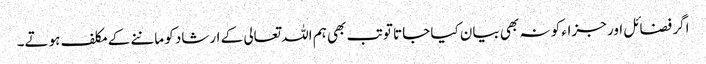
اگر فضائل اور جزاء کو نہ بھی بیان کیا جاتا تو تب بھی ہم اللہ تعالی کے ارشاد کو ماننے کے مکلف ہوتے۔